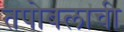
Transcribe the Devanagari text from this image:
तपोबलाची